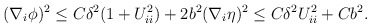
\begin{align*}\begin{aligned}(\nabla_{i} \phi)^2 \leq C \delta^2 (1 + U_{ii}^2) + 2 b^2 (\nabla_{i} \eta)^2 \leq C \delta^2 U_{ii}^2 + C b^2.\end{aligned}\end{align*}